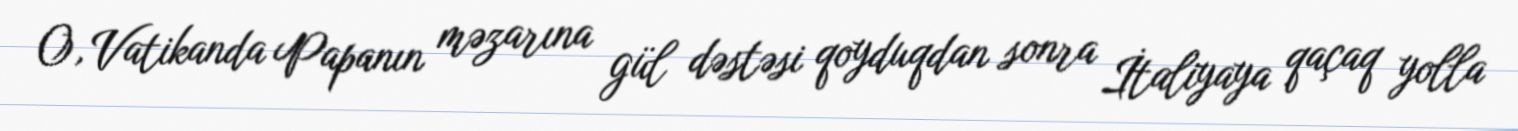
O, Vatikanda Papanın məzarına gül dəstəsi qoyduqdan sonra İtaliyaya qaçaq yolla